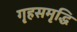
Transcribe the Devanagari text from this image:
गृहसमृद्धि